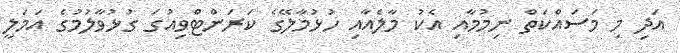
އަދި މި މަސައްކަތް ނިމުމާއި އެކު މާލެއާއި ހުޅުމާލޭގެ ކަރަންޓްވިއުގަ ގުޅުވާލުމުގެ އަމަލީ